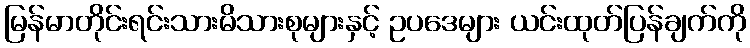
မြန်မာတိုင်းရင်းသားမိသားစုများနှင့် ဥပဒေများ ယင်းထုတ်ပြန်ချက်ကို